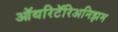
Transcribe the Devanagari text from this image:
ऑथरिटॅरिअनिझम